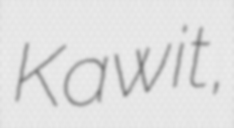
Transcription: Kawit,